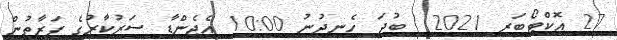
27 އޮކްޓޯބަރ 2021  ބުދަ ހެނދުނު 10:00 އެޖެންޑާ ސަރުކާރުގެ ފަރާތުން